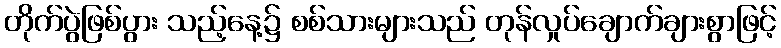
တိုက်ပွဲဖြစ်ပွား သည့်နေ့၌ စစ်သားများသည် တုန်လှုပ်ချောက်ချားစွာဖြင့်